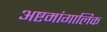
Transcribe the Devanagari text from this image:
अष्टमांगालिक